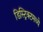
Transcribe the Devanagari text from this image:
डिस्ट्रिक्टमध्ये